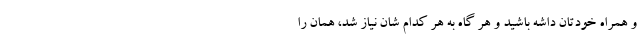
و همراه خودتان داشه باشید و هر گاه به هر کدام شان نیاز شد، همان را